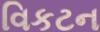
વિકટન